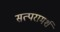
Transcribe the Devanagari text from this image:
सत्परामर्श